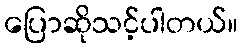
ပြောဆိုသင့်ပါတယ်။